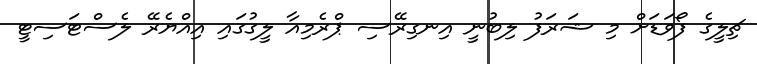
ޗިލީގެ ފޯވަޑަށް މި ޝަރަފު ލިބުނީ އިނގިރޭސި ޕްރެމިއާ ލީގުގައި އިއްޔެރޭ ލެސްޓަސިޓީ